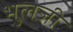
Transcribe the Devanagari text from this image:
भुलजी